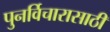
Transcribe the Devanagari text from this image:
पुनर्विचारासाठी